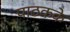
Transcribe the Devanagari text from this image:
पाठकके